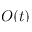
O ( t )